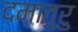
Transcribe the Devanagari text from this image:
दमातुरु